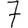
Digit: 7